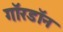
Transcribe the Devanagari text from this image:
गॉरडॉन